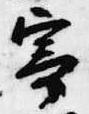
寄